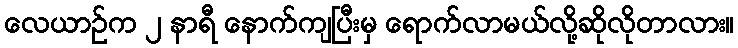
လေယာဉ်က ၂ နာရီ နောက်ကျပြီးမှ ရောက်လာမယ်လို့ဆိုလိုတာလား။